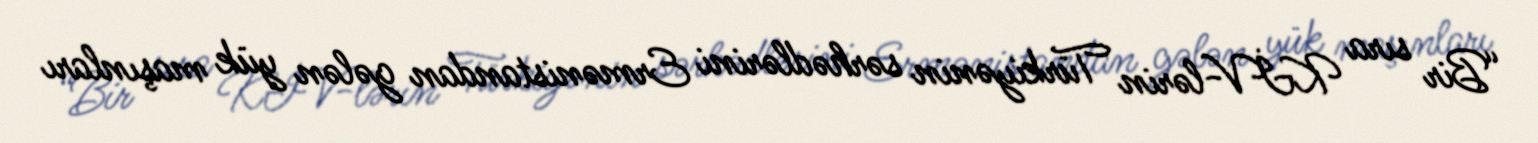
“Bir sıra KİV-lərin Türkiyənin sərhədlərini Ermənistandan gələn yük maşınları